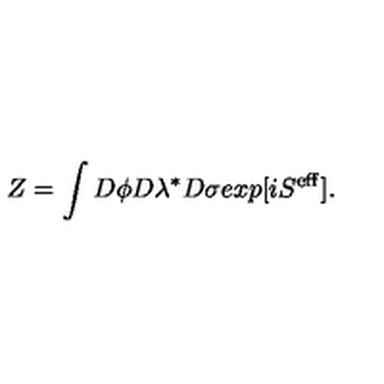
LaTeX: Z = \int D \phi D \lambda ^ { * } D \sigma e x p [ i S ^ { \mathrm { e f f } } ] .